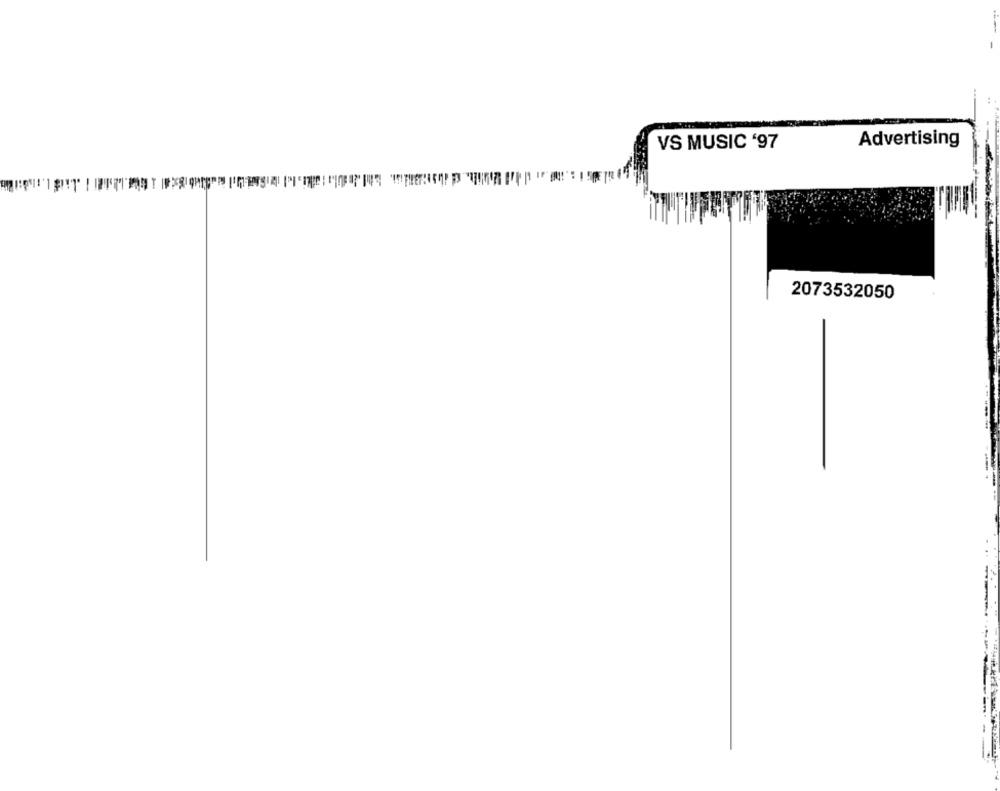
Advertising
VS MUSIC '97
2073532050
-